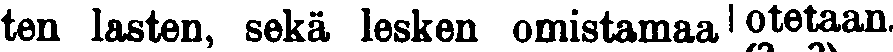
ten lasten, sekä lesken omistamaa otetaan.